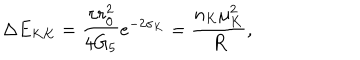
\Delta E _ { K K } = \frac { \pi r _ { 0 } ^ { 2 } } { 4 G _ { 5 } } e ^ { - 2 \sigma _ { K } } = \frac { n _ { K } \mu _ { K } ^ { 2 } } { R } ,